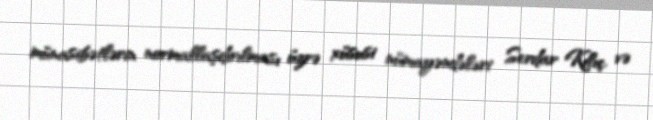
münasibətlərin normallaşdırılması üzrə xüsusi nümayəndələri Serdar Kılıç və